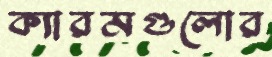
ক্যারমগুলোর